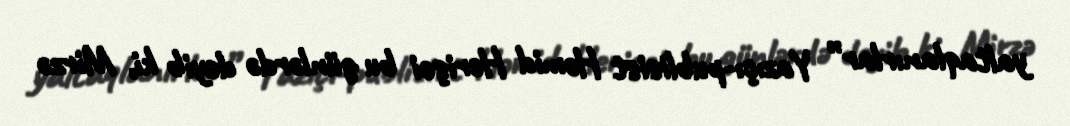
yaltaqlanırlar” Yazıçı-publisist Həmid Herişci bu günlərdə deyib ki, Mirzə